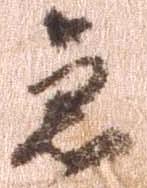
急